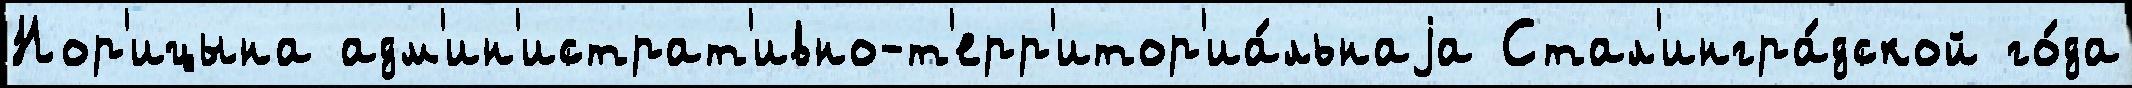
Нор'ицына адм'ин'истрат'ивно-т'ерр'итор'иа́льнаjа Стал'ингра́дской го́да